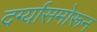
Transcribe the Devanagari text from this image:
दर्ग्यासमोरून